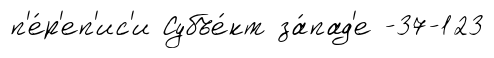
п'е́р'еп'ис'и Субъе́кт за́пад'е -37-123